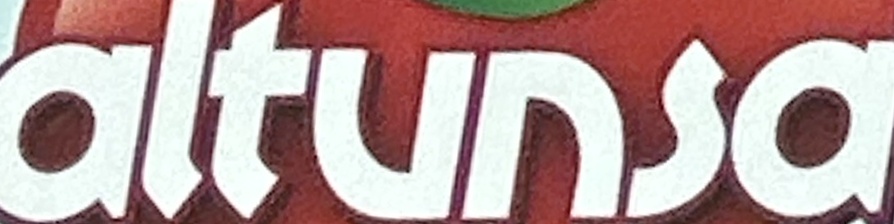
altunsa